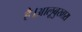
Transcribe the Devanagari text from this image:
है।आलूबुखारा